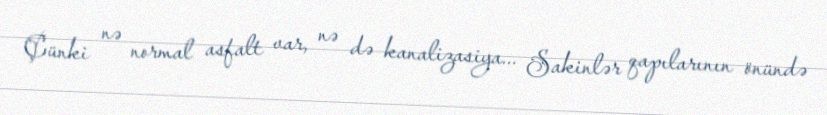
Çünki nə normal asfalt var, nə də kanalizasiya... Sakinlər qapılarının önündə